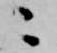
ニ